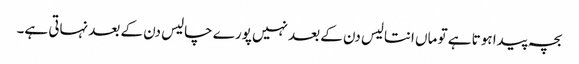
بچہ پیدا ہوتا ہے تو ماں انتالیس دن کے بعد نہیں پورے چالیس دن کے بعد نہاتی ہے۔